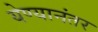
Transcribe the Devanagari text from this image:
येण्यानंतर